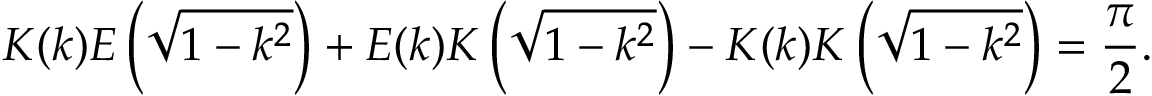
K ( k ) E \left( { \sqrt { 1 - k ^ { 2 } } } \right) + E ( k ) K \left( { \sqrt { 1 - k ^ { 2 } } } \right) - K ( k ) K \left( { \sqrt { 1 - k ^ { 2 } } } \right) = { \frac { \pi } { 2 } } .